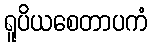
ရူပိယစေတာပကံ